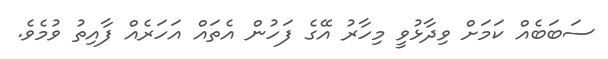
ސަބަބެއް ކަމަށް ވިދާޅުވީ މިހާރު އޭގެ ފަހުން އެތައް އަހަރެއް ފާއިތު ވުމެވެ.